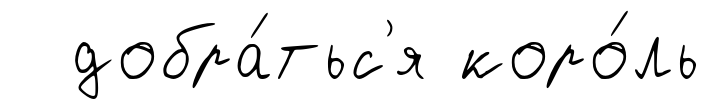
добра́тьс'я коро́ль